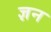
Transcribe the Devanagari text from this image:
ज्ञन